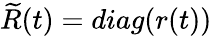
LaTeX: \widetilde{R}(t)=diag(r(t))